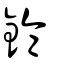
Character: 錀